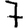
Digit: 7